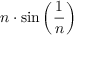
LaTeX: n \cdot \sin \left( { \frac { 1 } { n } } \right)